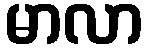
မာလာ